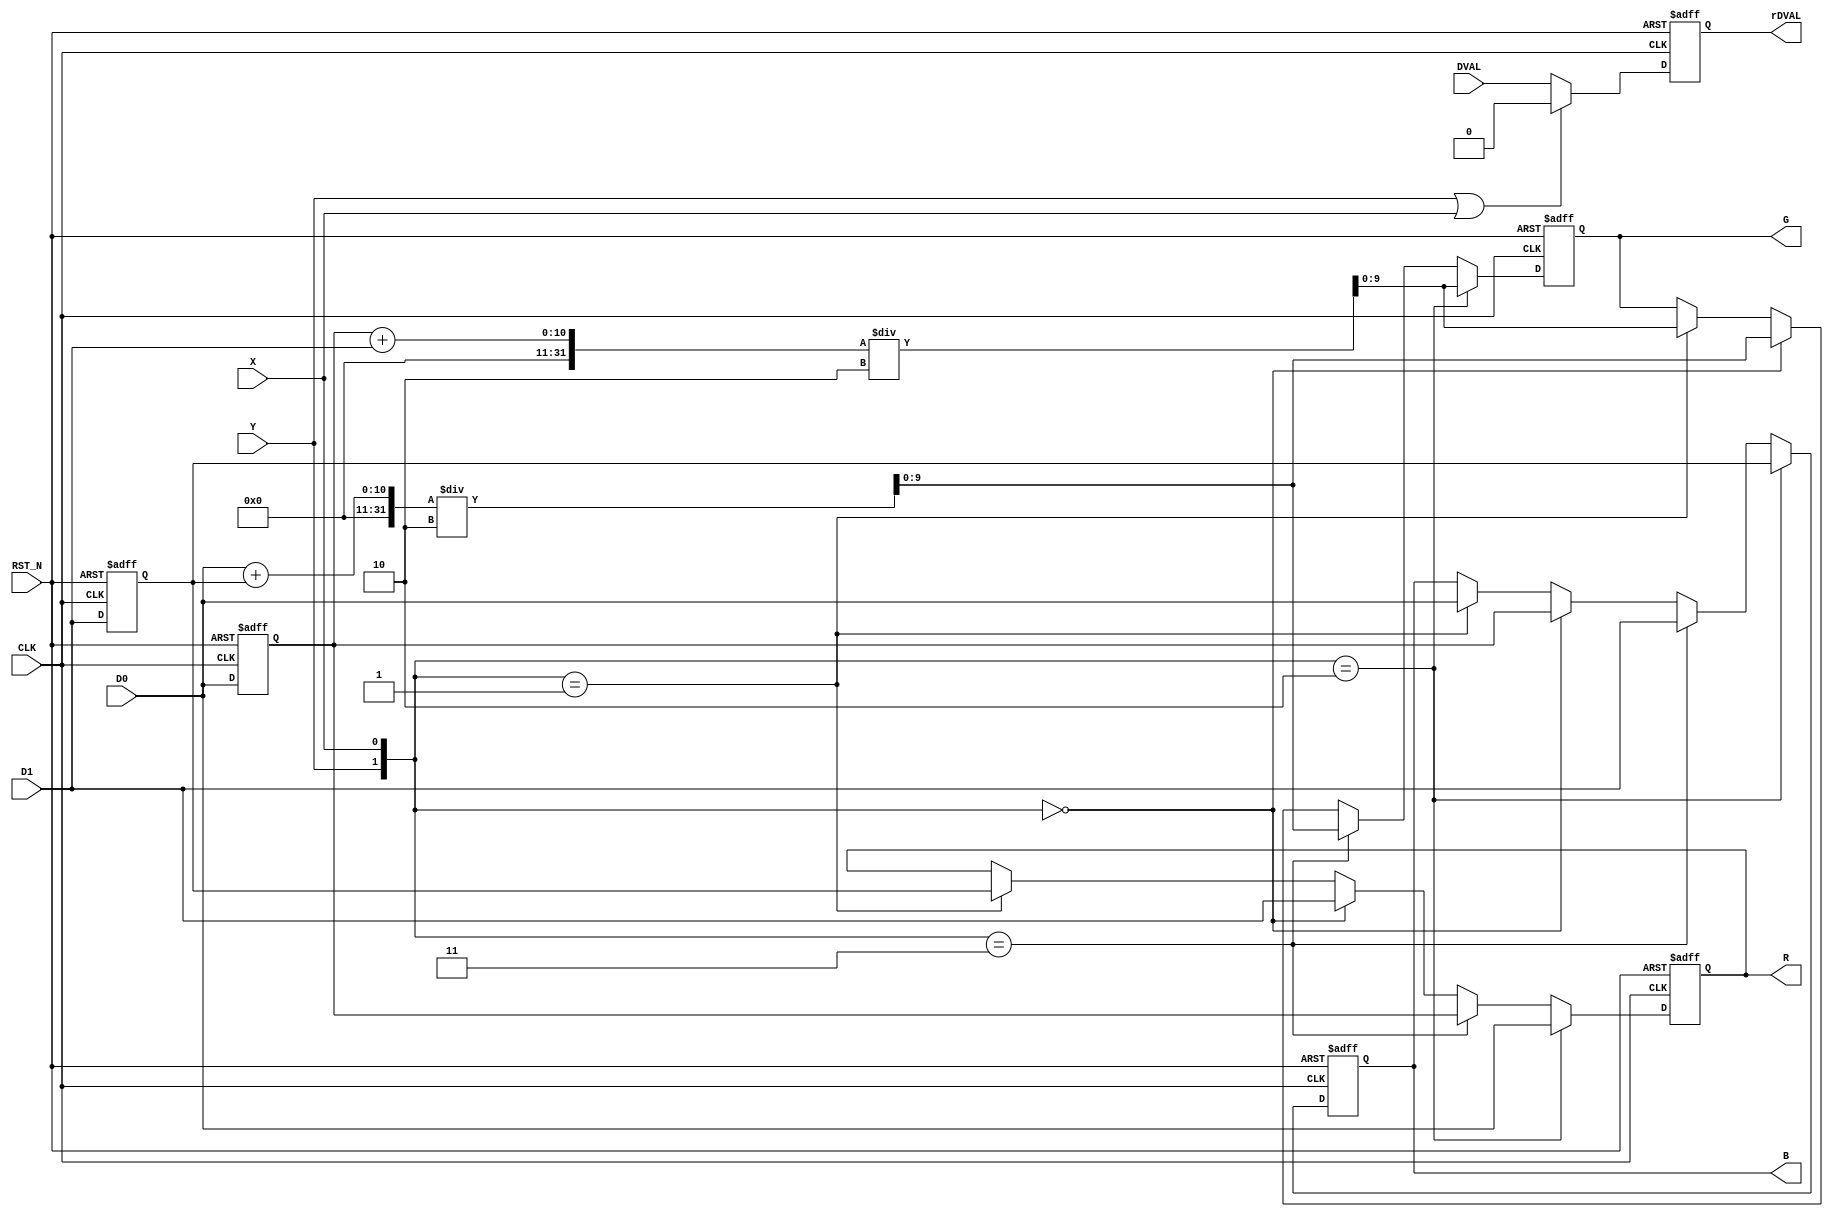



module RAW_RGB_BIN  (
input CLK , 
input RST_N , 
input [9:0] D0,
input [9:0] D1,
input X,
input Y,

output reg		[9:0]	R,
output reg		[9:0]	G, 
output reg		[9:0]	B,
output reg		rDVAL,
input DVAL
);

reg  [9:0]	rD0;
reg  [9:0]	rD1;

always@(posedge CLK or negedge RST_N)
begin
	if(!RST_N)
	begin
		R	<=	0;
		G	<=	0;
		B	<=	0;
		rD0<=	0;
		rD1<=	0;
		rDVAL	<=	0;
	end
	else
	begin
		rD0	<=	D0;
		rD1	<=	D1;
		rDVAL		<=	{Y |X }	?	1'b0	:	DVAL;
		if({Y ,X }     == 2'b10)
		begin
			R	<=	 D0;
			G	<=  (rD0+D1)/2;
			B	<=	 rD1;
		end	
		else if({Y ,X }== 2'b11)
		begin
			R	<=	rD0;
			G	<=	(D0+rD1)/2;
			B	<=	D1;
		end
		else if({Y ,X }== 2'b00)
		begin
			R	<=	D1;
			G	<=	(D0+rD1)/2;
			B	<=	rD0;
		end
		else if({Y ,X }== 2'b01)
		begin
			R	<=	rD1;
			G	<=	(rD0+D1)/2;
			B	<=	D0;
		end
	end
end


endmodule